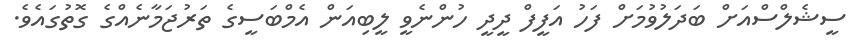
ސީޝެލްސްއަށް ބަދަލުވުމަށް ފަހު އަފީފް ދީދީ ހުންނެވީ ލީބިއަން އެމްބަސީގެ ތަރުޖަމާނެއްގެ ގޮތުގައެވެ.